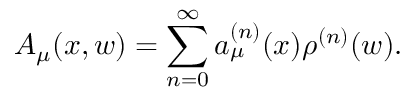
A _ { \mu } ( x , w ) = \sum _ { n = 0 } ^ { \infty } a _ { \mu } ^ { ( n ) } ( x ) \rho ^ { ( n ) } ( w ) .